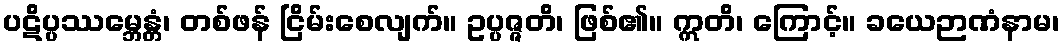
ပဋိပ္ပဿမ္ဘေန္တံ၊ တစ်ဖန် ငြိမ်းစေလျက်။ ဥပ္ပဇ္ဇတိ၊ ဖြစ်၏။ ဣတိ၊ ကြောင့်။ ခယေဉာဏံနာမ၊